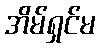
အိမ်ရှင်မ